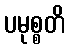
ပမုစ္စတိ